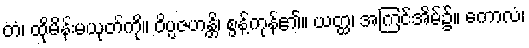
တံ၊ ထိုမိန်းမယုတ်ကို။ ဝိပ္ပဇဟန္တိ၊ စွန့်ကုန်၏။ ယတ္ထ၊ အကြင်အိမ်၌။ ကောလံ၊